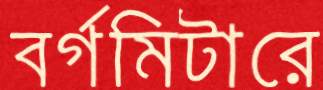
বর্গমিটারে